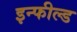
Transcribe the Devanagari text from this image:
इन्फील्ड